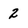
Character: 2